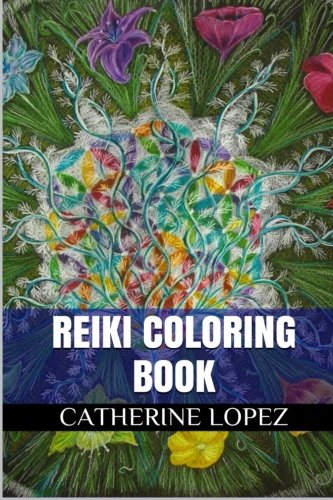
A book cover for Reiki Coloring Book: Spiritual Healing and Stress Relief Adult Coloring Book (Adult Coloring Books); Catherine Lopez; Religion & Spirituality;